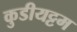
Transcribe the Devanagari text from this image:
कुडीयट्टम